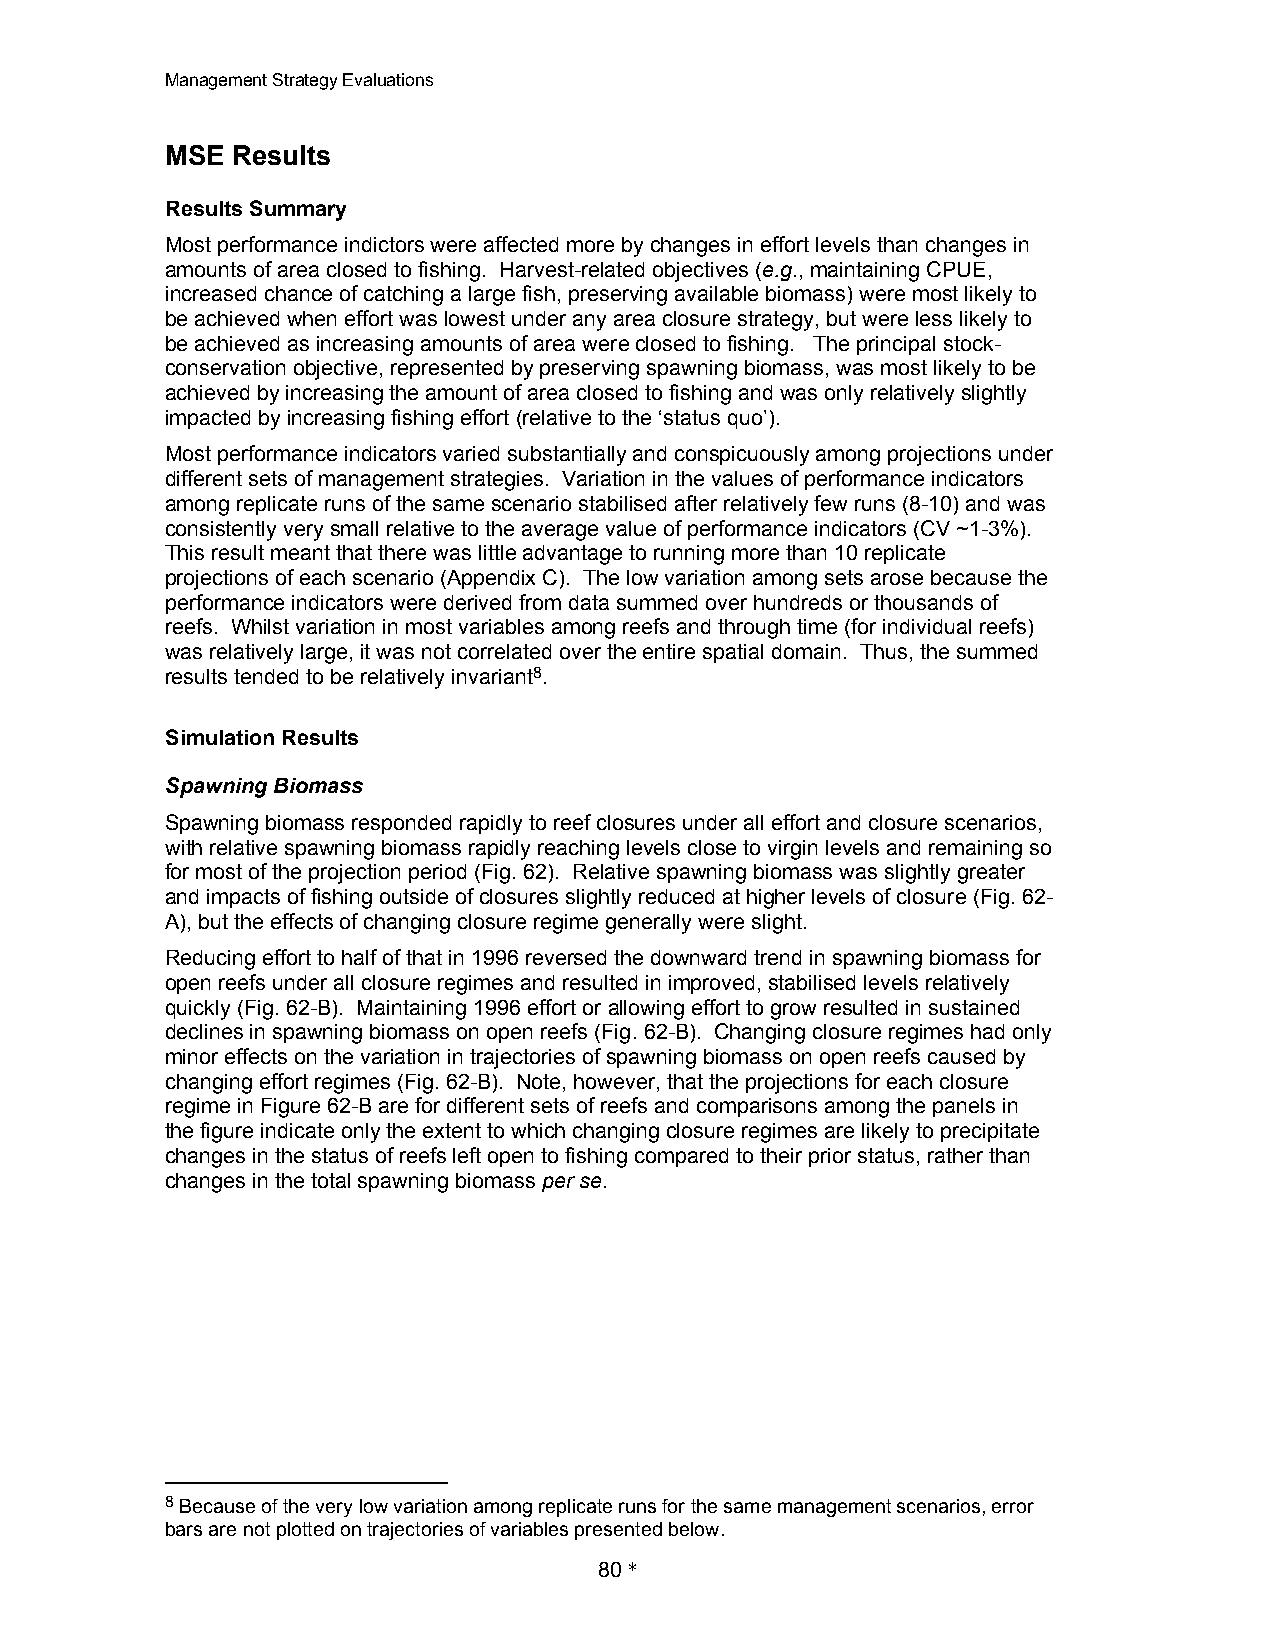
Management Strategy Evaluations
 MSE Results
 Results Summary
 Most performance indictors were affected more by changes in effort levels than changes in
 amounts of area closed to fishing. Harvest-related objectives (e.g., maintaining CPUE,
 increased chance of catching a large fish, preserving available biomass) were most likely to
 be achieved when effort was lowest under any area closure strategy, but were less likely to
 be achieved as increasing amounts of area were closed to fishing. The principal stock-
 conservation objective, represented by preserving spawning biomass, was most likely to be
 achieved by increasing the amount of area closed to fishing and was only relatively slightly
 impacted by increasing fishing effort (relative to the ‘status quo’).
 Most performance indicators varied substantially and conspicuously among projections under
 different sets of management strategies. Variation in the values of performance indicators
 among replicate runs of the same scenario stabilised after relatively few runs (8-10) and was
 consistently very small relative to the average value of performance indicators (CV ~1-3%).
 This result meant that there was little advantage to running more than 10 replicate
 projections of each scenario (Appendix C). The low variation among sets arose because the
 performance indicators were derived from data summed over hundreds or thousands of
 reefs. Whilst variation in most variables among reefs and through time (for individual reefs)
 was relatively large, it was not correlated over the entire spatial domain. Thus, the summed
 results tended to be relatively invariant8.
 Simulation Results
 Spawning Biomass
 Spawning biomass responded rapidly to reef closures under all effort and closure scenarios,
 with relative spawning biomass rapidly reaching levels close to virgin levels and remaining so
 for most of the projection period (Fig. 62). Relative spawning biomass was slightly greater
 and impacts of fishing outside of closures slightly reduced at higher levels of closure (Fig. 62-
 A), but the effects of changing closure regime generally were slight.
 Reducing effort to half of that in 1996 reversed the downward trend in spawning biomass for
 open reefs under all closure regimes and resulted in improved, stabilised levels relatively
 quickly (Fig. 62-B). Maintaining 1996 effort or allowing effort to grow resulted in sustained
 declines in spawning biomass on open reefs (Fig. 62-B). Changing closure regimes had only
 minor effects on the variation in trajectories of spawning biomass on open reefs caused by
 changing effort regimes (Fig. 62-B). Note, however, that the projections for each closure
 regime in Figure 62-B are for different sets of reefs and comparisons among the panels in
 the figure indicate only the extent to which changing closure regimes are likely to precipitate
 changes in the status of reefs left open to fishing compared to their prior status, rather than
 changes in the total spawning biomass per se.
 8 Because of the very low variation among replicate runs for the same management scenarios, error
 bars are not plotted on trajectories of variables presented below.
 80 *